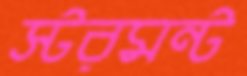
স্টরমন্ট